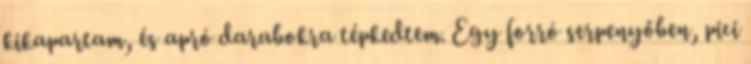
kikapartam, és apró darabokra tépkedtem. Egy forró serpenyőben, pici